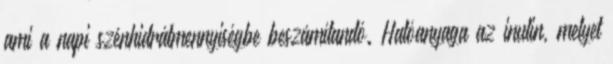
ami a napi szénhidrátmennyiségbe beszámítandó. Hatóanyaga az inulin, melyet